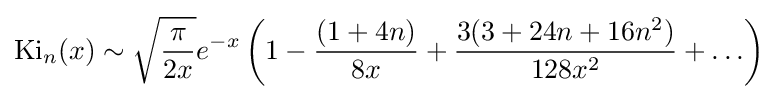
\operatorname {Ki} _{n}(x)\sim {\sqrt {\frac {\pi }{2x}}}e^{-x}\left(1-{\frac {(1+4n)}{8x}}+{\frac {3(3+24n+16n^{2})}{128x^{2}}}+\ldots \right)